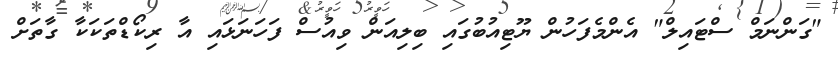
"ގަންނަމް ސްޓައިލް" އެންމެފަހުން ޔޫޓިއުބުގައި ބިލިއަން ވިއުސް ފަހަނަޅައި އާ ރިކޯޑްތަކަކާ ގާތަށް